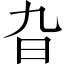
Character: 旮